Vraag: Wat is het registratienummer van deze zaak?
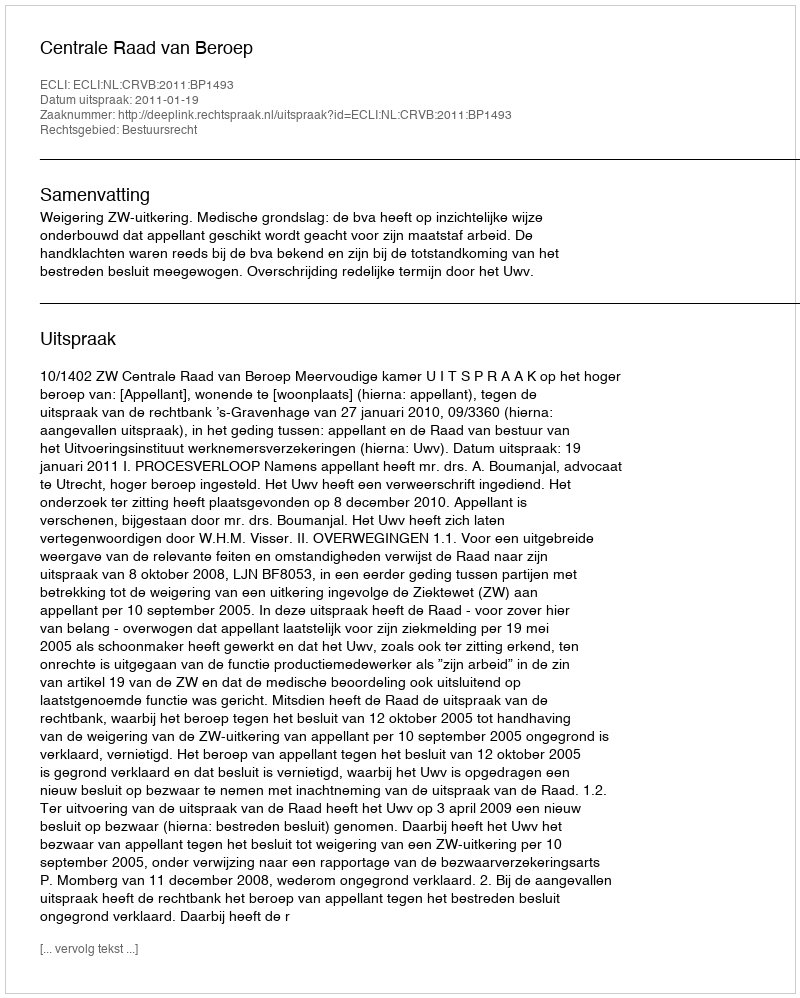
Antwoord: http://deeplink.rechtspraak.nl/uitspraak?id=ECLI:NL:CRVB:2011:BP1493